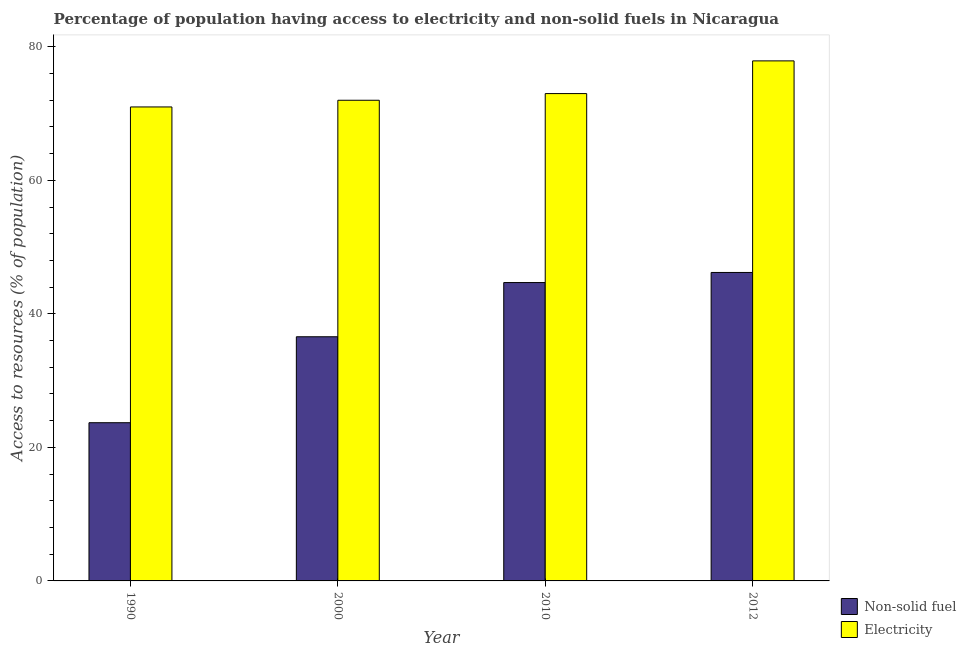
| Year | Non-solid fuel | Electricity |
 | --- | --- | --- |
 | 1990 | 23.7 | 71 |
 | 2000 | 36.6 | 72 |
 | 2010 | 44.7 | 73 |
 | 2012 | 46.2 | 77.9 |